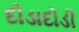
દોડાદોડી